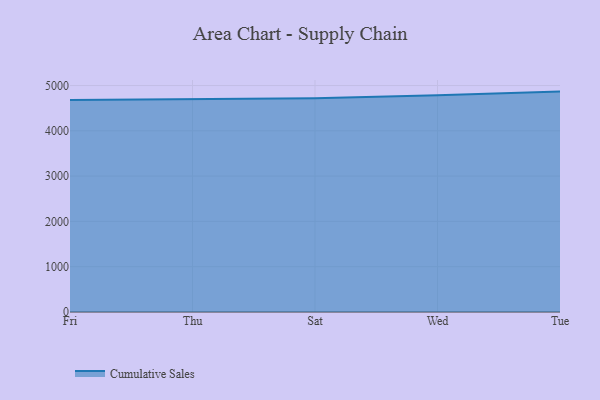
{"axis": {"x": "Day", "y": "Production Output"}, "legend": ["Cumulative Sales"], "data": [{"x": "Fri", "y": 4680.5, "type": "Cumulative Sales"}, {"x": "Thu", "y": 4701.1, "type": "Cumulative Sales"}, {"x": "Sat", "y": 4720.0, "type": "Cumulative Sales"}, {"x": "Wed", "y": 4783.9, "type": "Cumulative Sales"}, {"x": "Tue", "y": 4865.8, "type": "Cumulative Sales"}]}